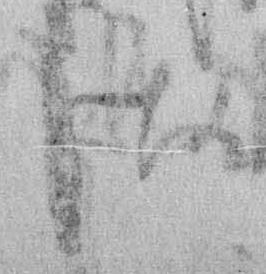
さ